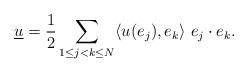
LaTeX: \begin{align*}\underline{u}=\frac{1}{2}\sum_{1\leq j<k\leq N}\langle u(e_j),e_k\rangle\ e_j\cdot e_k.\end{align*}